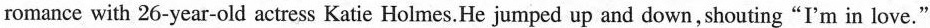
romance with 26-year-old actress Katie Holmes.He jumped up and down, shouting"I'm in love."